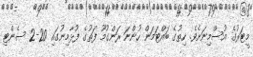
މީޓަރުގެ އުސްމިނަށެވެ. ހިތުގެ ބައްޓަމަން ހުންނަ ރަންގުމޫ ފަތުގެ ފުޅާމިނުގައި 20-2 ސެންޓި